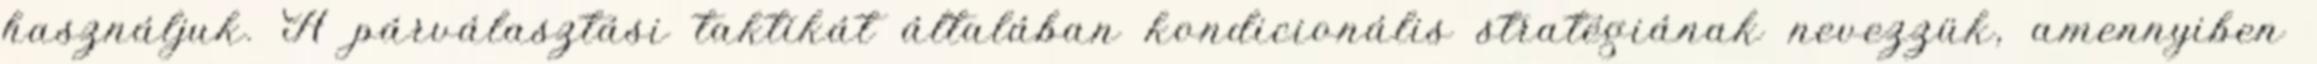
használjuk. A párválasztási taktikát általában kondicionális stratégiának nevezzük, amennyiben